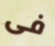
فى